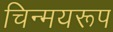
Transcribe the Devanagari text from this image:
चिन्मयरूप